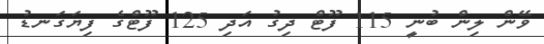
ވޭން ލިން ބުނީ 115 ފޫޓް ދިގު އަދި 125 ފޫޓްގެ ފިޔަގަނޑު